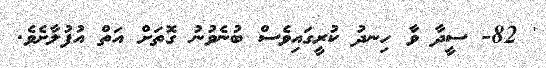
' 82- ސީދާ ވާ ހިނދު ކުރީގައިވެސް ބުނެވުނު ގޮތަށް އަތް އުފުލާށެވެ.